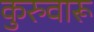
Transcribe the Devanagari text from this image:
कुरुवारू